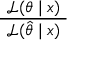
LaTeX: \frac { ~ { \mathcal { L } } ( \theta \mid x ) ~ } { ~ { \mathcal { L } } ( { \hat { \theta } } \mid x ) ~ }